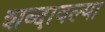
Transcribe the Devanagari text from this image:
शब्दावल्या